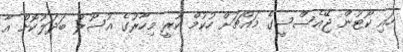
ހައި ކޯޓުން ޖޭއެސްސީގެ މައްޗަށް ހުކުމް ކުރީ މިހާރުގެ އުސޫލު ބަދަލުކޮށް އާ